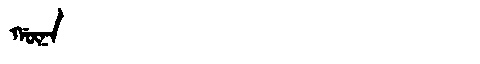
Manchu: ᡤᡡᠨᠠ
Romanization: GŪNA